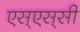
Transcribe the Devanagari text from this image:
एस्‌एस्‌सी